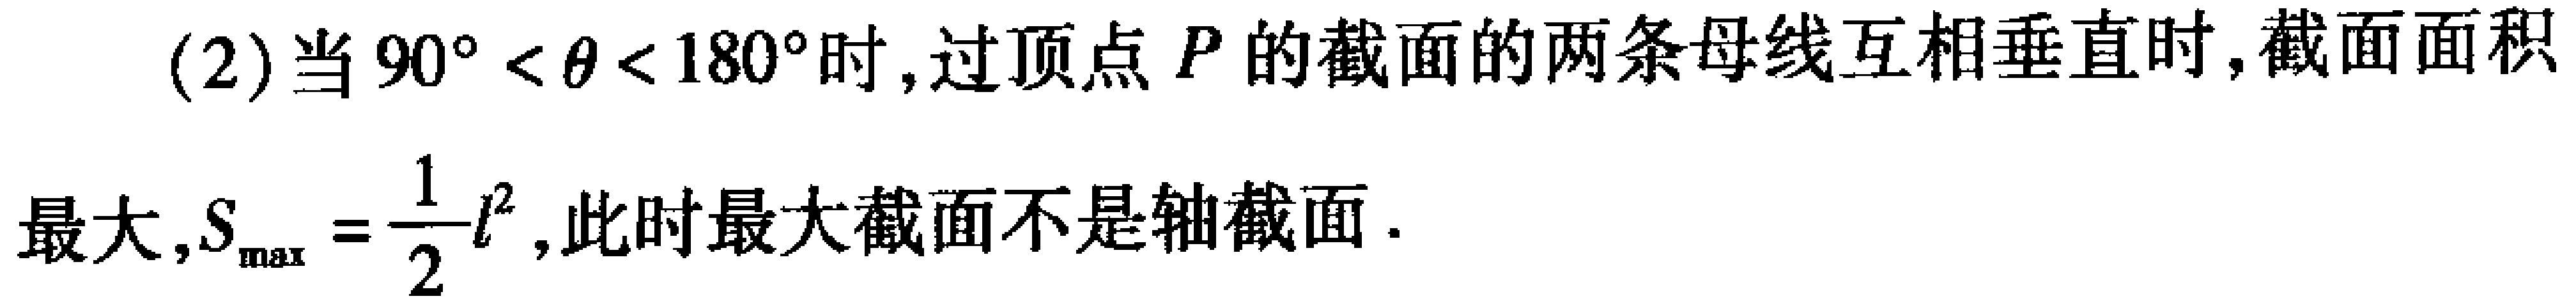
(2)当\(90^{\circ}<\theta<180^{\circ}\)时,过顶点\(P\)的截面的两条母线互相垂直时,截面面积
最大,\(S_{\max}=\dfrac{1}{2}l^{2}\),此时最大截面不是轴截面.